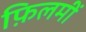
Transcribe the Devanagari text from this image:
फ़िलमीं